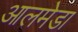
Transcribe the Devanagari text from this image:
आलमेडा